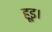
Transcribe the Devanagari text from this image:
हूइ।